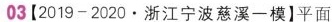
03{2019-2020.浙江宁波慈溪一模平面